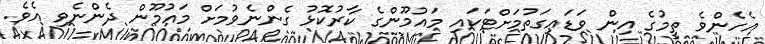
އެހެންވެ ތީމުގެ އިން ވަޑައިގަތުމަށްޓަކައި މައުމޫންގެ ކާރުކޮޅު ގެންނެވުމަށް މައުމޫން ދެންނެވި އެވެ.